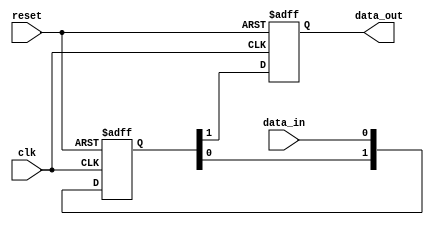
module two_flop_synchronizer 
    (input wire clk,
     input wire reset,
     input wire data_in,
     output reg data_out
    );
    
    reg [1:0] sync_data;
    
    always @(posedge clk or posedge reset) begin
        if (reset) begin
            sync_data <= 2'b0;
        end else begin
            sync_data <= {sync_data[0], data_in};
        end
    end
    
    always @(posedge clk or posedge reset) begin
        if (reset) begin
            data_out <= 1'b0;
        end else begin
            data_out <= sync_data[1];
        end
    end
endmodule